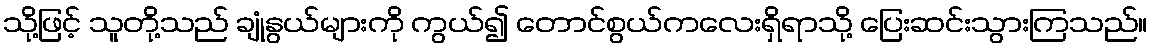
သို့ဖြင့် သူတို့သည် ချုံနွယ်များကို ကွယ်၍ တောင်စွယ်ကလေးရှိရာသို့ ပြေးဆင်းသွားကြသည်။